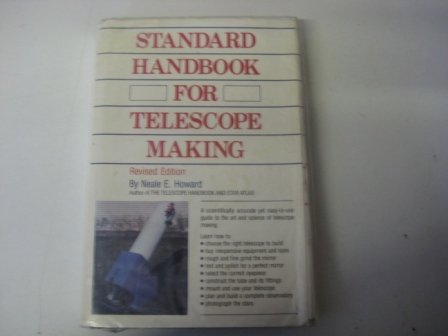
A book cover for Standard Handbook for Telescope Making; Neale E. Howard; Science & Math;